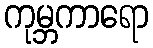
ကုမ္ဘကာရော